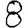
Digit: 8